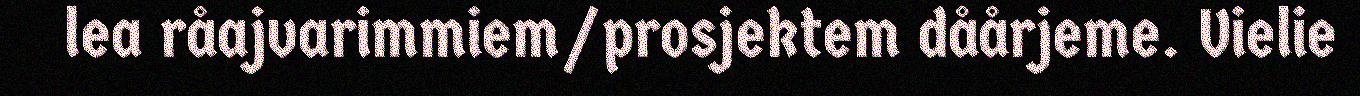
lea råajvarimmiem/prosjektem dåårjeme. Vielie